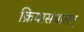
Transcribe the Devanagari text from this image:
क्रियासंचालन्